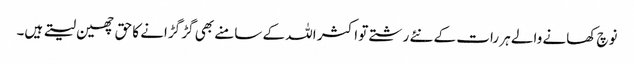
نوچ کھانے والے ہر رات کے نئے رشتے تو اکثر اللہ کے سامنے بھی گڑ گڑانے کا حق چھین لیتے ہیں۔